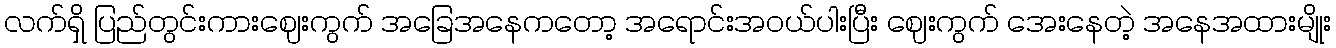
လက်ရှိ ပြည်တွင်းကားဈေးကွက် အခြေအနေကတော့ အရောင်းအဝယ်ပါးပြီး ဈေးကွက် အေးနေတဲ့ အနေအထားမျိုး